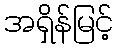
အရှိန်မြင့်